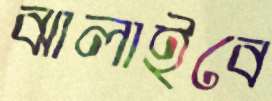
ঝালাইবে